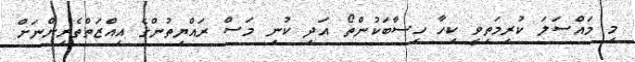
މި މައްސަލަ ކުރިމަތިވީ ކިހާ ހިސާބަކުންތޯ އަދި ކުނި މަސް ރައްޔިތުންގެ އިއްޒަތްތެރިންނަށް